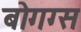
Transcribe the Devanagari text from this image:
बोगग्स